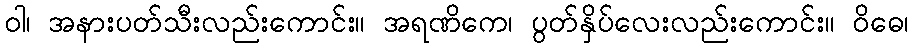
ဝါ၊ အနားပတ်သီးလည်းကောင်း။ အရဏိကေ၊ ပွတ်နှိပ်လေးလည်းကောင်း။ ဝိဓေ၊